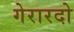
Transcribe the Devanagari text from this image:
गेरारदो